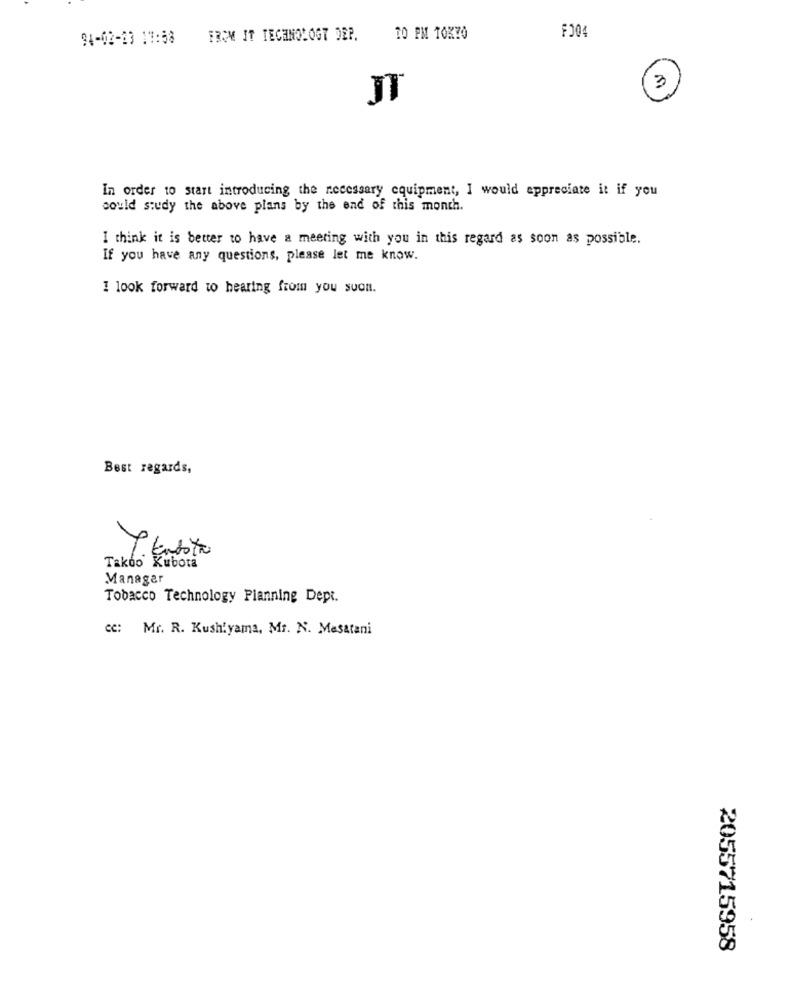
F004
94-02-23 17:58 FROM IT TECHNOLOGY DEP.
10 PM TOK70
JT
In order to start introducing the necessary equipment, I would appreciate it if you
could study the above plans by the end of this month.
I think it is better to have a meeting with you in this regard as soon as possible.
If you have any questions, please let me know.
I look forward to hearing from you soon.
Best regards,
Takdo Kubota
Manager
Tobacco Technology Planning Dept.
CC: Mr. R. Kushiyama, Mr. N. Masatani
2055715958